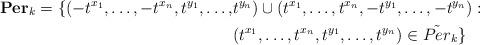
LaTeX: \begin{align*}{\bf Per}_k = \{ (- t^{x_1}, \dots,- t^{x_n}, t^{y_1}, \dots, & t^{y_n}) \cup ( t^{x_1}, \dots,t^{x_n}, -t^{y_1}, \dots, -t^{y_n}) : \\& (t^{x_1}, \dots, t^{x_n}, t^{y_1}, \dots, t^{y_n}) \in \tilde{Per}_k\}\end{align*}